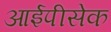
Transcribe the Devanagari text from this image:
आईपीसेक